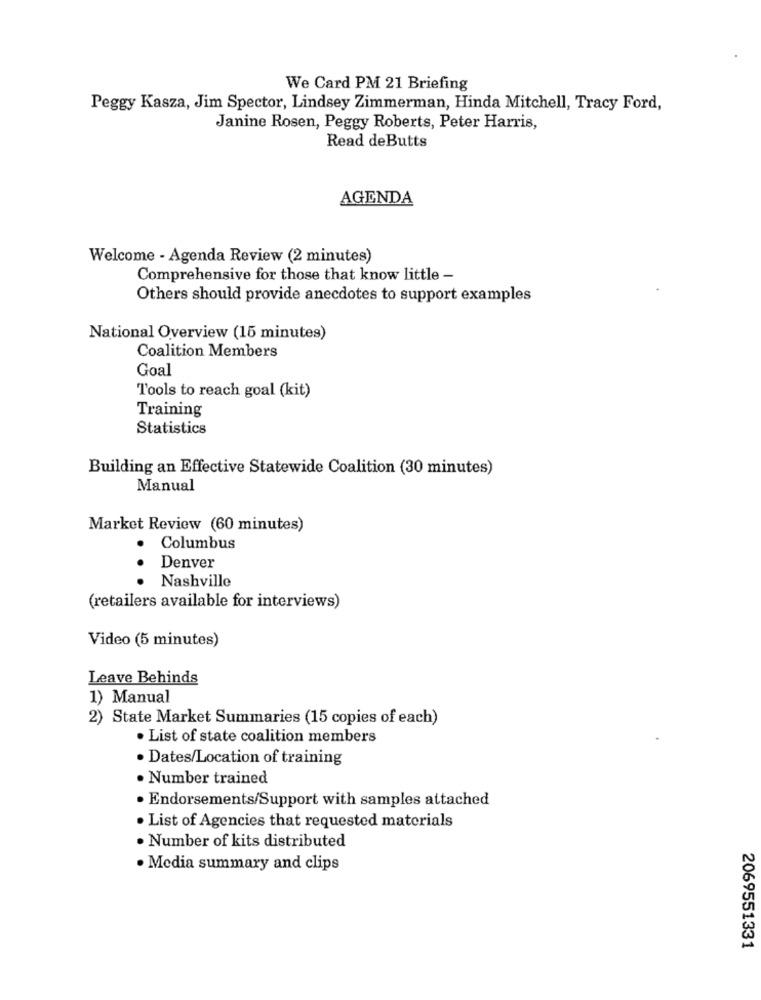
We Card PM 21 Briefing
Peggy Kasza, Jim Spector, Lindsey Zimmerman, Hinda Mitchell, Tracy Ford,
Janine Rosen, Peggy Roberts, Peter Harris,
Read deButts
AGENDA
Welcome - Agenda Review (2 minutes)
Comprehensive for those that know little -
Others should provide anecdotes to support examples
National Overview (15 minutes)
Coalition Members
Goal
Tools to reach goal (kit)
Training
Statistics
Building an Effective Statewide Coalition (30 minutes)
Manual
Market Review (60 minutes)
Columbus
Denver
...
Nashville
(retailers available for interviews)
Video (5 minutes)
Leave Behinds
1) Manual
2) State Market Summaries (15 copies of each)
· List of state coalition members
· Dates/Location of training
· Number trained
· Endorsements/Support with samples attached
· List of Agencies that requested materials
· Number of kits distributed
· Media summary and clips
2069551331